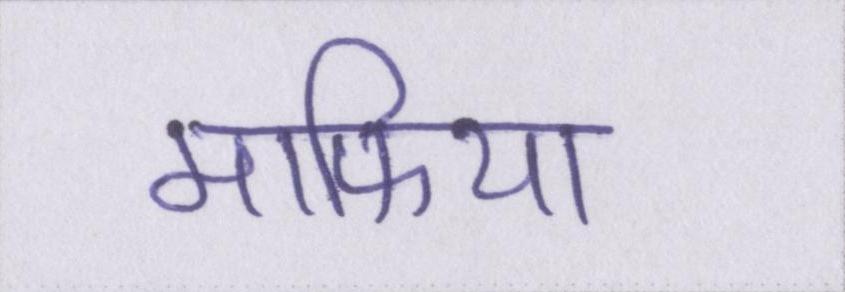
माफिया